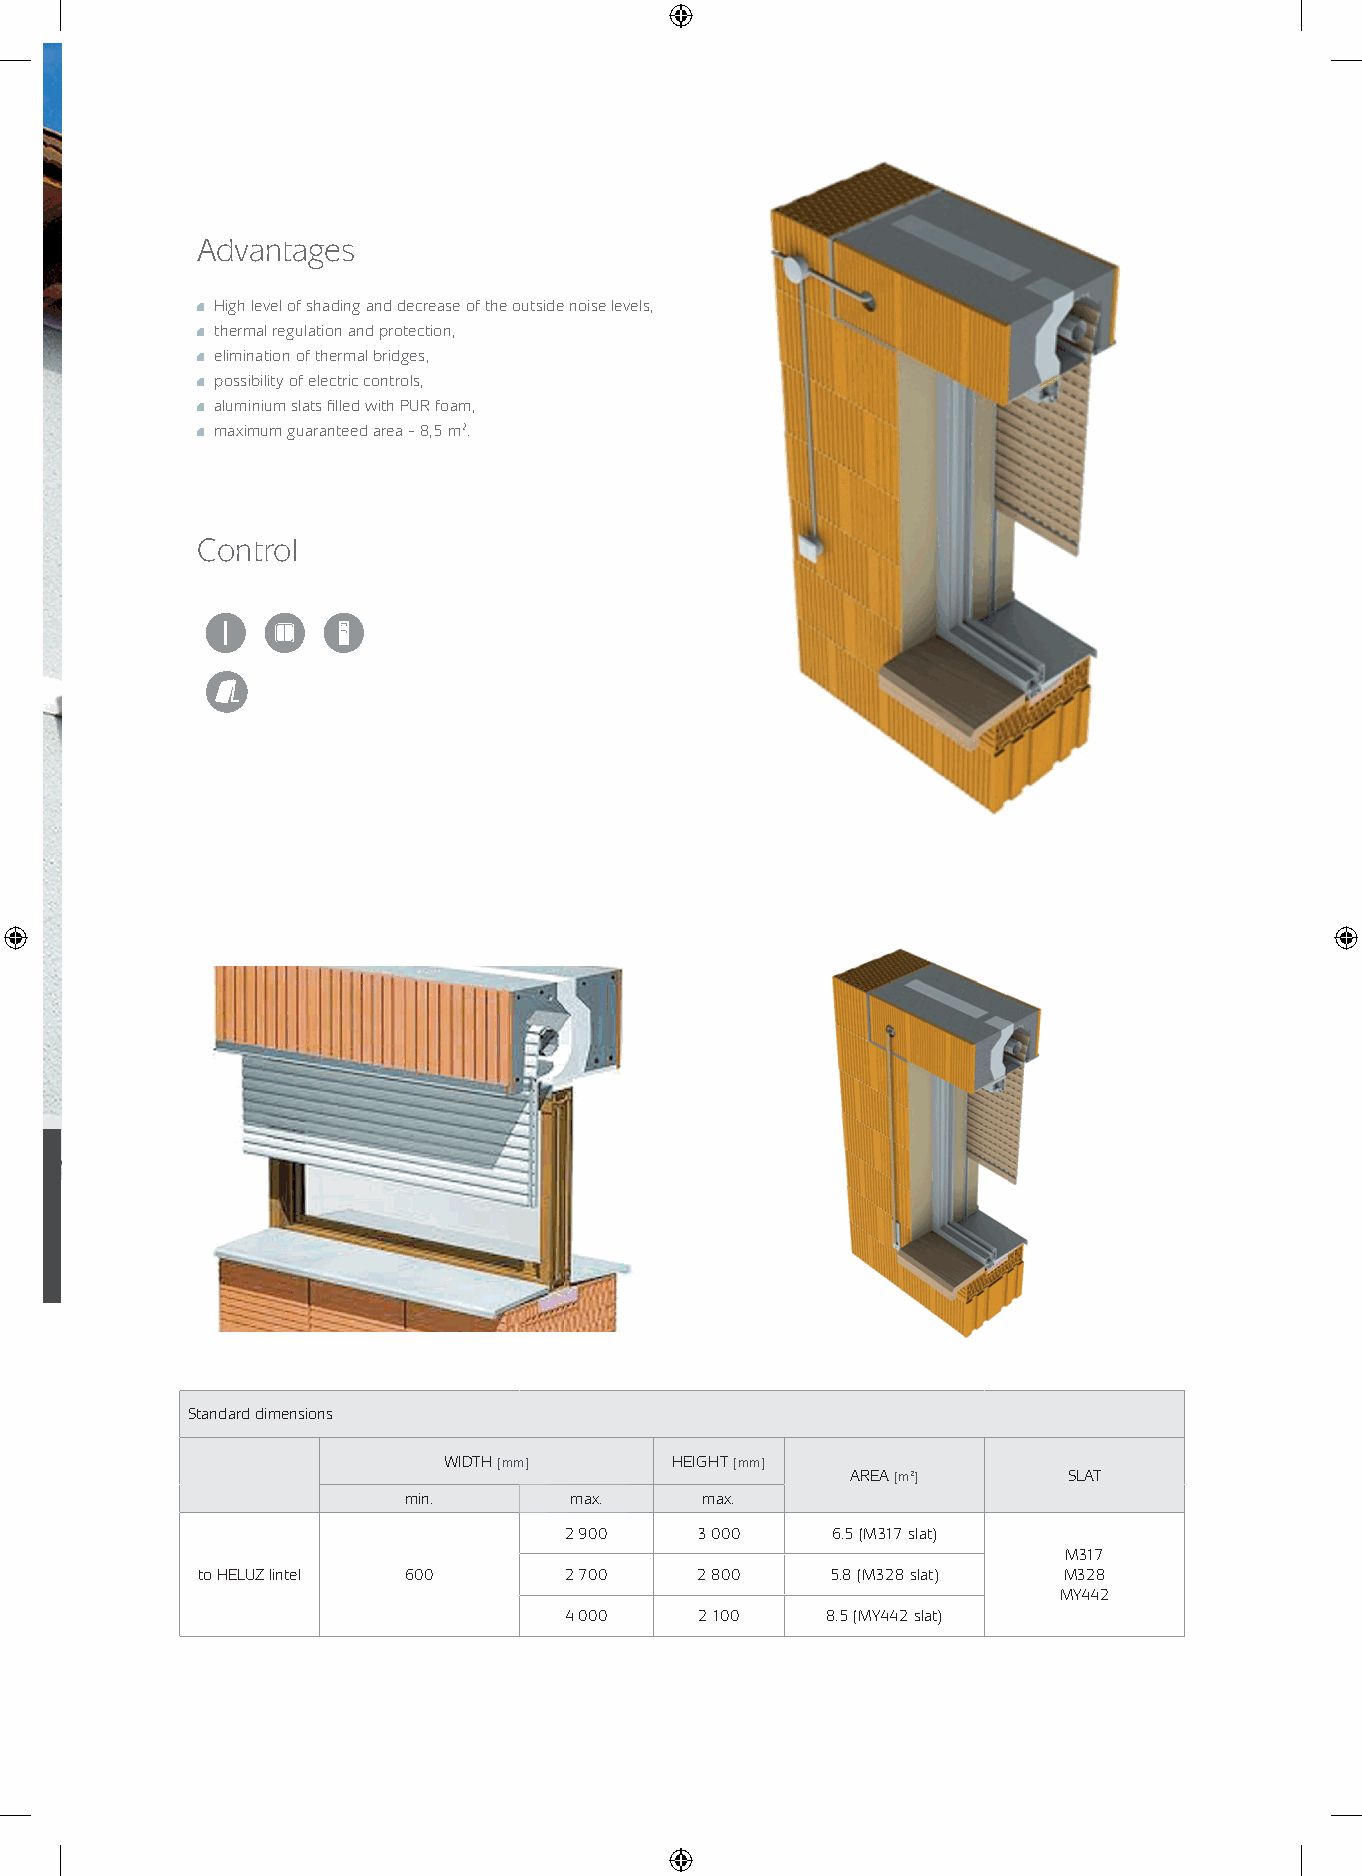
Advantages
 High level of shading and decrease of the outside noise levels,
 thermal regulation and protection,
 elimination of thermal bridges,
 possibility of electric controls,
 aluminium slats fi lled with PUR foam,
 maximum guaranteed area – 8,5 m2..
 Control
 HELUZ
 Standard dimensions
 WIDTH[mm]       HEIGHT[mm]
 AREA [m2]      SLAT
 min.       max.    max.
 2 900    3 000    6.5 (M317 slat)
 M317
 to HELUZ lintel 600     2 700    2 800    5.8 (M328 slat) M328
 MY442
 4 000    2 100    8.5 (MY442 slat)